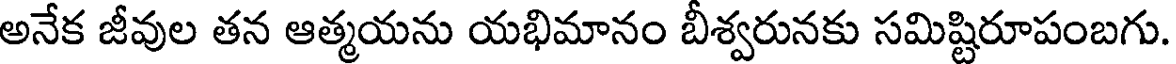
అనేక జీవుల తన ఆత్మయను యభిమానం బీశ్వరునకు సమిష్టిరూపంబగు.